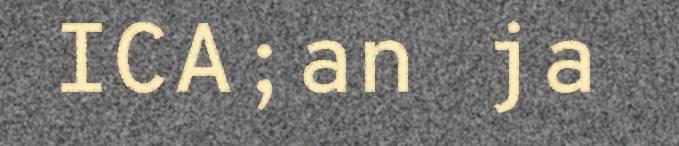
ICA;an ja